Papers set at the Examination for Leaving Certificates, 1891
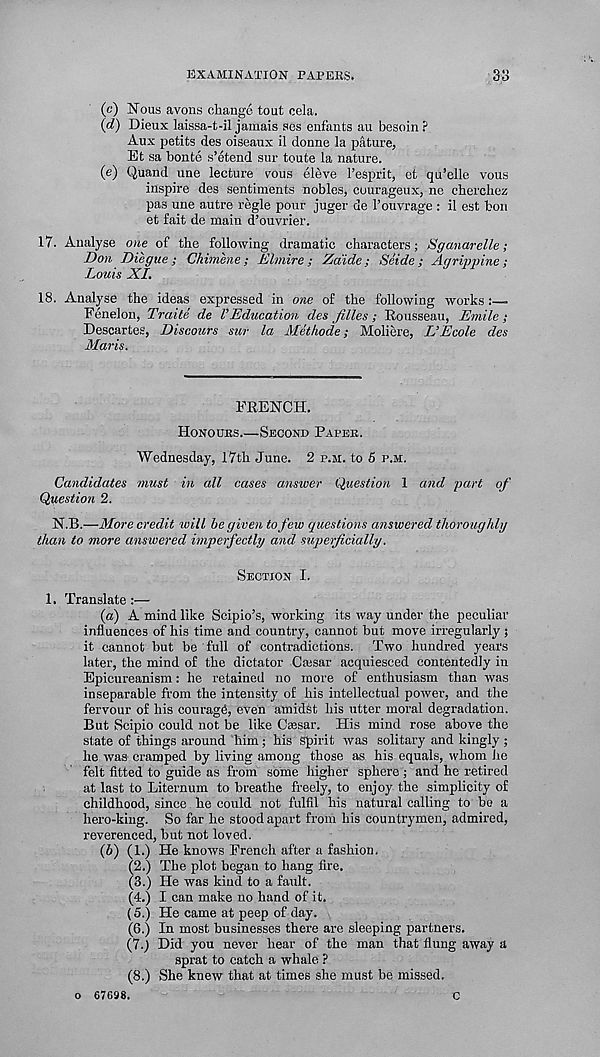
EXAMINATION PAPEKS.
33
(c) Nous avons change tout cela.
(d) Dieux laissa-t-il jamais ses enfants au besoin ?
Aux petits des oiseaux il donne la pature,
Et sa bonte s’etend sur toute la nature.
(e) Quand une lecture vous eleve I’esprit, et qu’elle vous
inspire des sentiments nobles, cuurageux, ne cherchez
pas une autre regie pour juger de Fouvrage : il est bon
et fait de main d’ouvrier.
17. Analyse one of the following dramatic characters; Sganarelle;
Don Diegue ; Chimene ; Elmire ; Zaide; Seide ; Agrippine ;
Louis XL
18. Analyse the ideas expressed in one of the following works
Fenelon, Traite de 1’Education des filles ; Rousseau, Emile;
Descartes, Discours sur la Methode; Moliere, L’Ecole des
Maris.
FRENCH.
Honours.—Second Paper.
Wednesday, 17th June. 2 p.m. to 6 p.m.
Candidates must in all cases answer Question 1 and part of
Question 2.
N.B.—More credit will be given to few questions answered thoroughly
than to more answered imperfectly and superficially.
Section I.
1. Translate :—
{a) A mind like Scipio’s, working its way under the peculiar
influences of his time and country, cannot but move irregularly ;
it cannot but be full of contradictions. Two hundred years
later, the mind of the dictator Cmsar acquiesced contentedly in
Epicureanism: he retained no more of enthusiasm than was
inseparable from the intensity of his intellectual power, and the
fervour of his couragb, even amidst his utter moral degradation.
But Scipio could not be like Csesar. His mind rose above the
state of things around him; his Spirit was solitary and kingly ;
he was cramped by living among those as his equals, whom he
felt fitted to guide as from some higher sphere ; and he retired
at last to Liternum to breathe freely, to enjoy the simplicity of
childhood, since he could not fulfil his natural calling to be a
hero-king. So far he stood apart from his countrymen, admired,
reverenced, but not loved.
(6) (1.) He knows French after a fashion.
(2.) The plot began to hang fire.
(3.) He was kind to a fault.
(4.) I can make no hand of it.
(5.) He came at peep of day.
(6.) In most businesses there are sleeping partners.
(7.j Did you never hear of the man that flung away a
sprat to catch a whale ?
(8.) She knew that at times she must be missed,
o 67698.
C